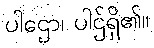
ပါဌော၊ ပါဌ်ရှိ၏။